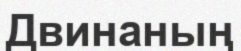
Двинаның